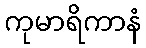
ကုမာရိကာနံ